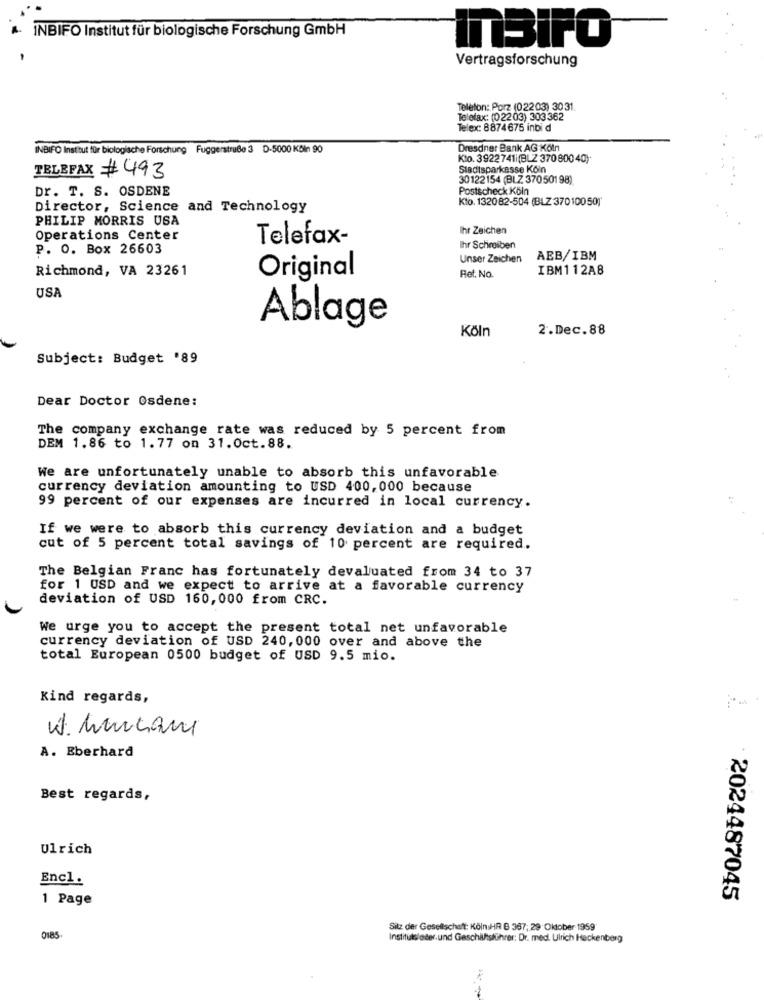
INBIFO Institut für biologische Forschung GmbH
ITBIFO
Vertragsforschung
Telefon: Porz (02203) 3031.
Telefax: (02203) 303362
Telex: 8874675 inbi d
INBIFO Institut für biologische Forschung Fuggerstraße 3 D-5000 Köln 90
Dresdner Bank AG Köln
Klo. 3922741i(BLZ 370 800 40)*
Stadtsparkasse Köln
TELEFAX # 493
30122154 (BLZ 37050198)
Dr. T. S. OSDENE
Postscheck Köln
Kto. 132082-504 (BLZ 37010050)'
Director, Science and Technology
PHILIP MORRIS USA
Ihr Zeichen
Operations Center
Telefax-
P. O. Box 26603
Ihr Schreiben
Unser Zeichen
AEB/IBM
Richmond, VA 23261
Original
Ret. No.
IBM112A8
USA
Ablage
Köln
2.Dec.88
Subject: Budget '89
Dear Doctor Osdene:
The company exchange rate was reduced by 5 percent from
DEM 1.86 to 1.77 on 31.0ct.88.
We are unfortunately unable to absorb this unfavorable
currency deviation amounting to USD 400, 000 because
99 percent of our expenses are incurred in local currency.
If we were to absorb this currency deviation and a budget
cut of 5 percent total savings of 10 percent are required.
The Belgian Franc has fortunately devaluated from 34 to 37
for 1 USD and we expect to arrive at a favorable currency
deviation of USD 160,000 from CRC.
We urge you to accept the present total net unfavorable
currency deviation of USD 240, 000 over and above the
total European 0500 budget of USD 9.5 mio.
Kind regards,
W. Murciani
A. Eberhard
Best regards,
Ulrich
Encl.
1 Page
2024487045
Sitz der Gesellschaft: KölniHR B 367; 29 Oktober 1959
0185
Institutslater.und Geschäftsführer; Dr. med. Ulrich Hackenberg